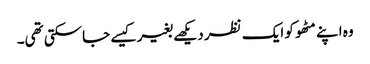
وہ اپنے مٹھو کو ایک نظر دیکھے بغیر کیسے جاسکتی تھی۔